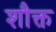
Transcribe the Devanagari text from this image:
शौक्त